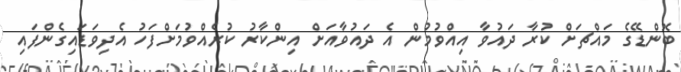
ބޮންޑޭގެ މައްޗަށް ކުރާ ދައުވާ އިއްވުމުން އެ ދައުވާއަށް އިންކާރު ކުރެއްވުމަށްފަހު އެދިވަޑައިގެންފައި